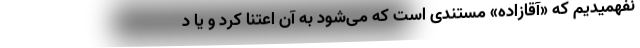
نفهمیدیم که «آقازاده» مستندی است که می‌شود به آن اعتنا کرد و یا د